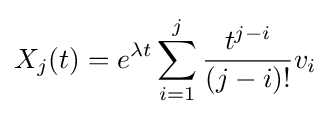
X_{j}(t)=e^{\lambda t}\sum _{i=1}^{j}{\frac {t^{j-i}}{(j-i)!}}v_{i}